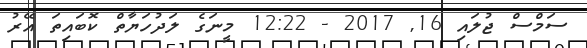
ސަމްސް ޖުލައި 16